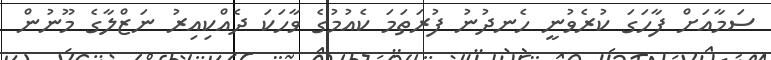
ސަމާއަށް ފާހަގަ ކުރެވުނީ ހެނދުނު ފުރަތަމަ ކެއުމުގެ ވާހަކަ ދެއްކިއިރު ނަޒްލާގެ މޫނުން